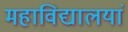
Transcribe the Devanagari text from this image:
महाविद्यालयां